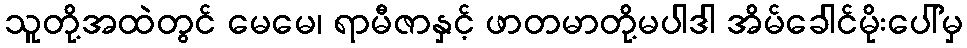
သူတို့အထဲတွင် မေမေ၊ ရာမီဇာနှင့် ဖာတမာတို့မပါဒါ အိမ်ခေါင်မိုးပေါ်မှ